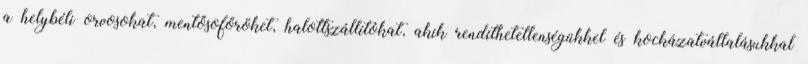
a helybéli orvosokat, mentősofőröket, halottszállítókat, akik rendíthetetlenségükkel és kockázatvállalásukkal